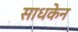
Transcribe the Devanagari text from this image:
साधकेन